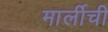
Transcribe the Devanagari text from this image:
मार्लीची